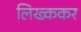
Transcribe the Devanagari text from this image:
लिख्ककर